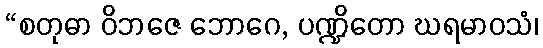
“စတုဓာ ဝိဘဇေ ဘောဂေ, ပဏ္ဍိတော ဃရမာဝသံ၊